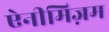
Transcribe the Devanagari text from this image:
ऐनीमिज़म